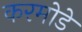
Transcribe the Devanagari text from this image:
करमोडे